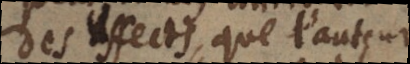
des effects que l’auteur